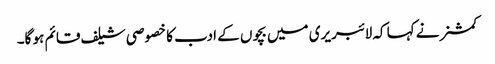
کمشنر نے کہا کہ لائبریری میں بچوں کے ادب کا خصوصی شیلف قائم ہو گا۔